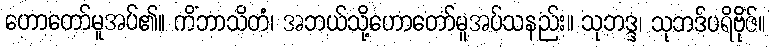
ဟောတော်မူအပ်၏။ ကိံဘာသိတံ၊ အဘယ်သို့ဟောတော်မူအပ်သနည်း။ သုဘဒ္ဒ၊ သုဘဒ်ပရိဗိုဇ်။